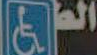
المع